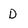
Character: D